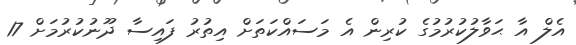
އެލް އާ ޙަވާލުކުރުމުގެ ކުރިން އެ މަސައްކަތަށް އިތުރު ފައިސާ ދޫނުކުރުމަށް 17